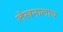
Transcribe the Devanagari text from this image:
लेखनालाच